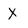
Character: X